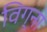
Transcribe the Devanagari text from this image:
विग्ना